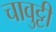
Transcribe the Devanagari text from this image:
चावुट्टी